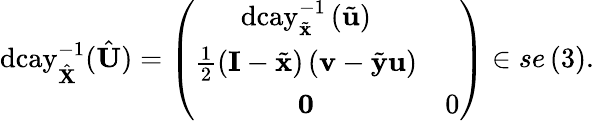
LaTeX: \mathrm{dcay}_{\hat{\mathbf{X}}}^{-1}(\hat{\mathbf{U}})=\left(\begin{array}{cc}{\mathrm{dcay}_{\tilde{\mathbf{x}}}^{-1}\left(\tilde{\mathbf{u}}\right)}&\\ {\frac{1}{2}\left(\mathbf{I}-\tilde{\mathbf{x}}\right)\left(\mathbf{v}-\tilde{\mathbf{y}}\mathbf{u}\right)}\\ {\mathbf{0}}&{0}\end{array}\right)\in se\left(3\right).